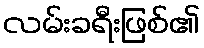
လမ်းခရီးဖြစ်၏